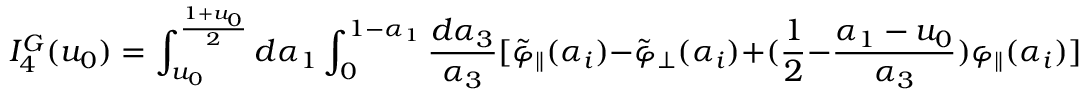
I _ { 4 } ^ { G } ( u _ { 0 } ) = \int _ { u _ { 0 } } ^ { { \frac { 1 + u _ { 0 } } { 2 } } } d \alpha _ { 1 } \int _ { 0 } ^ { 1 - \alpha _ { 1 } } { \frac { d \alpha _ { 3 } } { \alpha _ { 3 } } } [ \tilde { \varphi } _ { \| } ( \alpha _ { i } ) - \tilde { \varphi } _ { \bot } ( \alpha _ { i } ) + ( { \frac { 1 } { 2 } } - { \frac { \alpha _ { 1 } - u _ { 0 } } { \alpha _ { 3 } } } ) \varphi _ { \| } ( \alpha _ { i } ) ] \; .